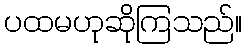
ပထမဟုဆိုကြသည်။